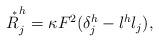
LaTeX: \begin{align*} \overset{\ _*}R^h_j=\kappa F^2(\delta^h_j-l^hl_j), \end{align*}